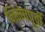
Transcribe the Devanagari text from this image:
निमेषपूर्वी